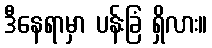
ဒီနေရာမှာ ပန်းခြံ ရှိလား။